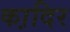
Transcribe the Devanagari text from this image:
का़दिर